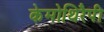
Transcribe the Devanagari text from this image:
केमोथिरैपी